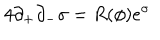
4 \partial _ { + } \partial _ { - } \sigma = R ( \phi ) e ^ { \sigma }